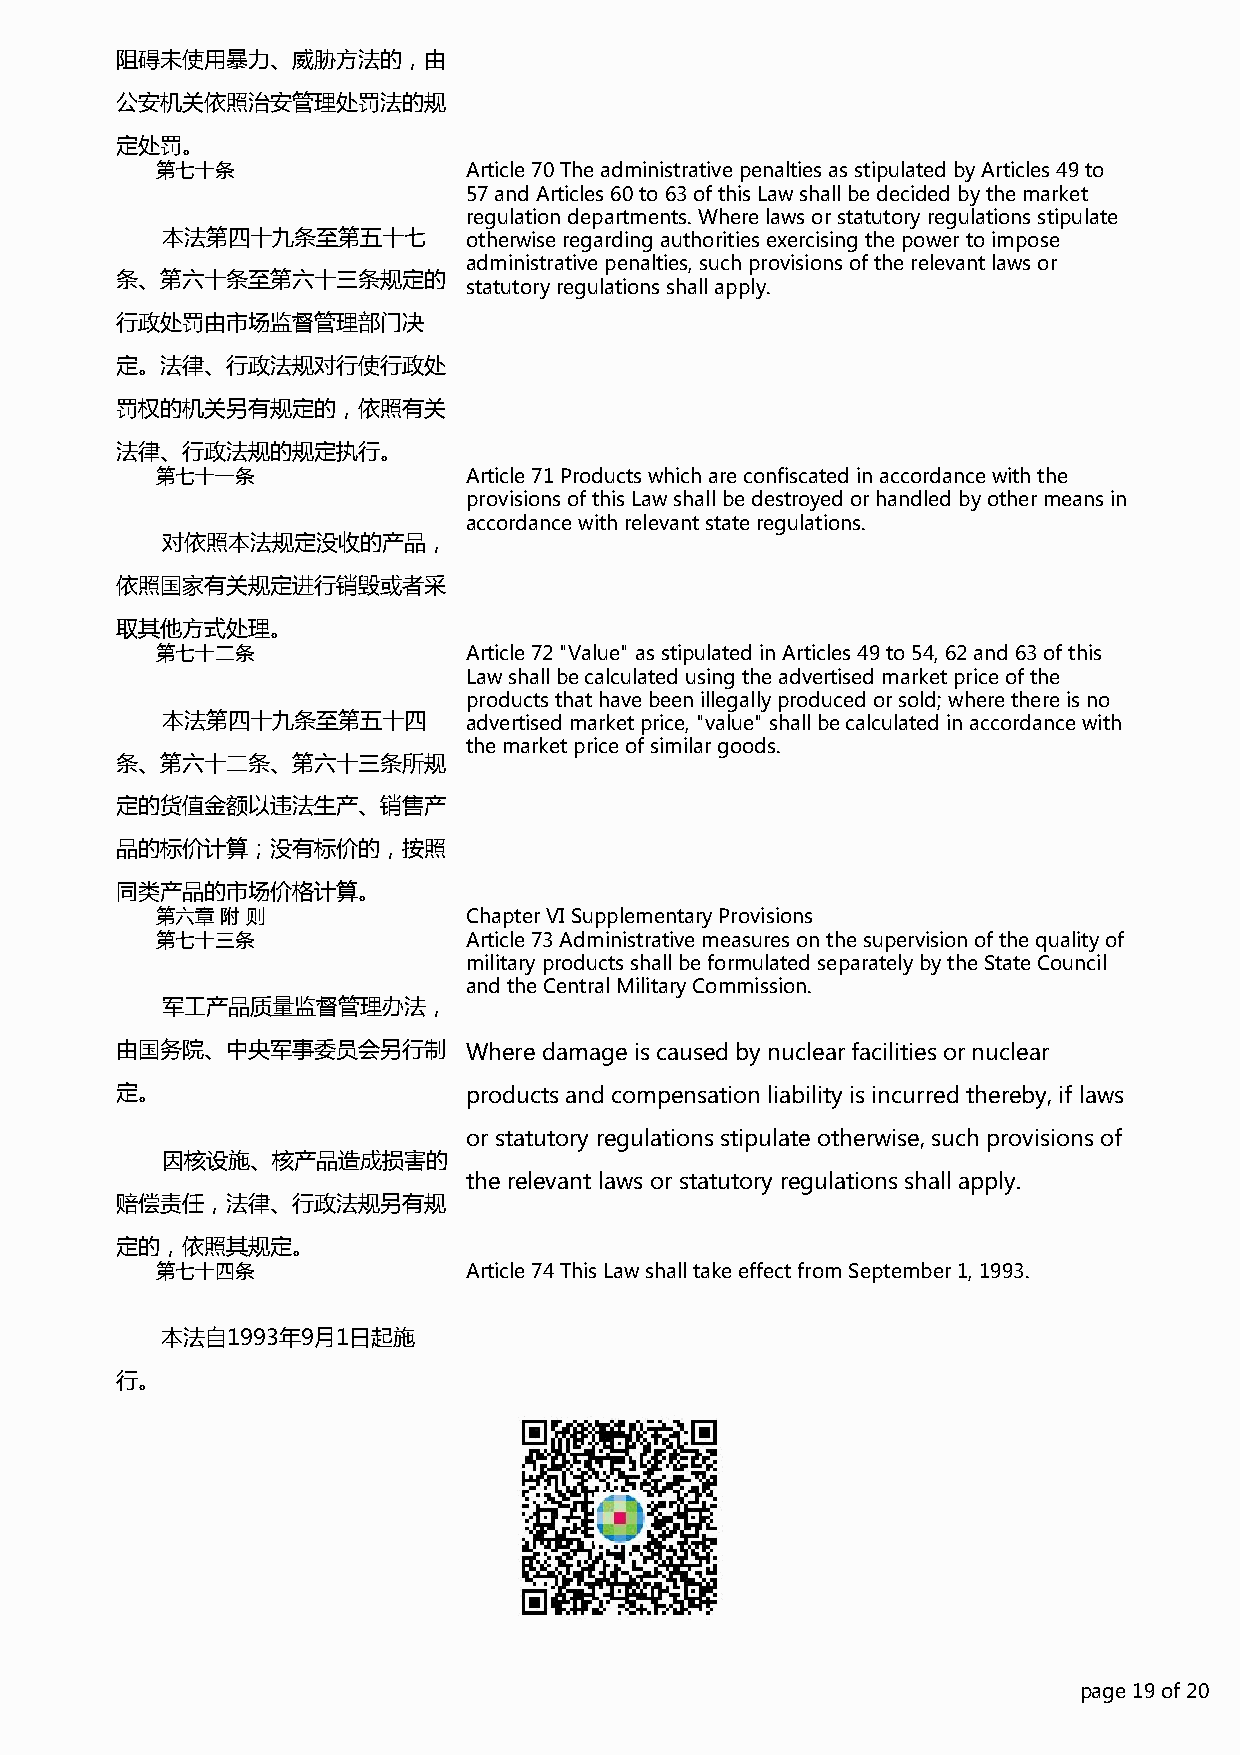
阻碍未使用暴力、威胁方法的，由
 公安机关依照治安管理处罚法的规
 定处罚。
 第七十条                 Article 70 The administrative penalties as stipulated by Articles 49 to
 57 and Articles 60 to 63 of this Law shall be decided by the market
 regulation departments. Where laws or statutory regulations stipulate
 本法第四十九条至第五十七        otherwise regarding authorities exercising the power to impose
 administrative penalties, such provisions of the relevant laws or
 条、第六十条至第六十三条规定的
 statutory regulations shall apply.
 行政处罚由市场监督管理部门决
 定。法律、行政法规对行使行政处
 罚权的机关另有规定的，依照有关
 法律、行政法规的规定执行。
 第七十一条                Article 71 Products which are confiscated in accordance with the
 provisions of this Law shall be destroyed or handled by other means in
 accordance with relevant state regulations.
 对依照本法规定没收的产品，
 依照国家有关规定进行销毁或者采
 取其他方式处理。
 第七十二条                Article 72 "Value" as stipulated in Articles 49 to 54, 62 and 63 of this
 Law shall be calculated using the advertised market price of the
 products that have been illegally produced or sold; where there is no
 本法第四十九条至第五十四        advertised market price, "value" shall be calculated in accordance with
 the market price of similar goods.
 条、第六十二条、第六十三条所规
 定的货值金额以违法生产、销售产
 品的标价计算；没有标价的，按照
 同类产品的市场价格计算。
 第六章  附 则             Chapter VI Supplementary Provisions
 第七十三条                Article 73 Administrative measures on the supervision of the quality of
 military products shall be formulated separately by the State Council
 and the Central Military Commission.
 军工产品质量监督管理办法，
 由国务院、中央军事委员会另行制        Where damage is caused by nuclear facilities or nuclear
 定。                     products and compensation liability is incurred thereby, if laws
 or statutory regulations stipulate otherwise, such provisions of
 因核设施、核产品造成损害的
 the relevant laws or statutory regulations shall apply.
 赔偿责任，法律、行政法规另有规
 定的，依照其规定。
 第七十四条                Article 74 This Law shall take effect from September 1, 1993.
 本法自1993年9月1日起施
 行。
 ppaaggee 1199 ooff 2200